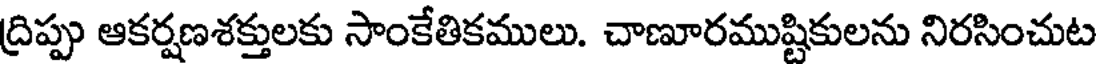
ద్రిప్పు ఆకర్షణశక్తులకు సాంకేతికములు. చాణూరముష్టికులను నిరసించుట